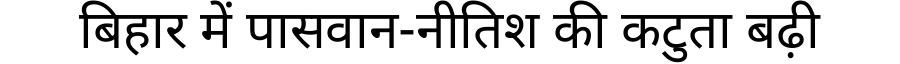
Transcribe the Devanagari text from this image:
बिहार में पासवान-नीतिश की कटुता बढ़ी